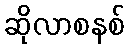
ဆိုလာစနစ်